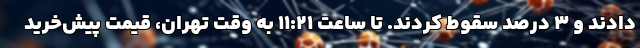
دادند و ۳ درصد سقوط کردند. تا ساعت ۱۱:۲۱ به وقت تهران، قیمت پیش‌خرید